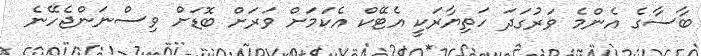
ބާސާގެ އެންމެ ވަރުގަދަ ހަތިޔާރަކީ އެޓޭކް އެކަމަށް ވަރަށް ބޮޑަށް ވިސްނަންޖެހޭނެ